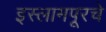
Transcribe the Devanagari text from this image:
इस्लामपूरचे